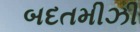
બદતમીઝી